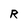
Character: R